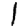
Digit: 1